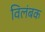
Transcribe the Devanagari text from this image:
विलंबक